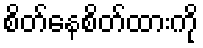
စိတ်နေစိတ်ထားကို